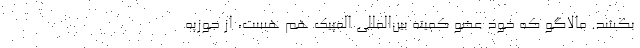
بکشد. مالاگو که خود عضو کمیته بین‌المللی المپیک هم هست، از جوزپه